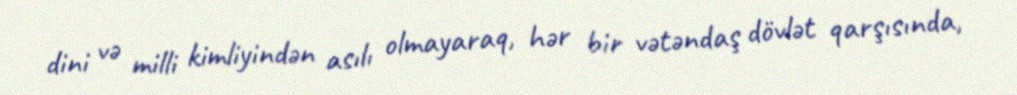
dini və milli kimliyindən asılı olmayaraq, hər bir vətəndaş dövlət qarşısında,